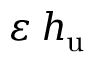
\varepsilon \: h _ { \mathrm { u } }